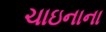
ચાઇનાના